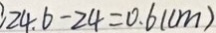
2 4 . 6 - 2 4 = 0 . 6 ( c m )